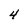
Character: 4